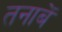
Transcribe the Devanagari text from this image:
तनाबें